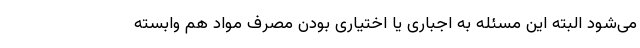
می‌شود البته این مسئله به اجباری یا اختیاری بودن مصرف مواد هم وابسته